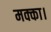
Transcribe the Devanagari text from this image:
मक्का।